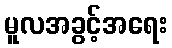
မူလအခွင့်အရေး